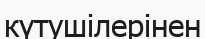
күтушілерінен